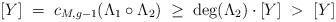
LaTeX: \begin{align*} [Y] \;=\; c_{M,g-1}(\Lambda_1\circ \Lambda_2) \;\geq \; \deg(\Lambda_2) \cdot [Y] \;>\; [Y]\end{align*}